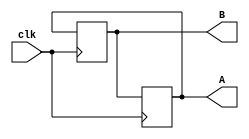
module Swapping_non_blocking(A,B,clk);
	output A,B;
	input clk;
	reg A, B;
	
	initial
		begin
			A=1;
			B=0;
		end
			always @(posedge clk)
			begin
				 A<=B;
			    B<=A;
			end

endmodule